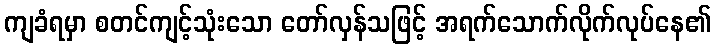
ကျခံရမှာ စတင်ကျင့်သုံးသော တော်လှန်သဖြင့် အရက်သောက်လိုက်လုပ်နေ၏